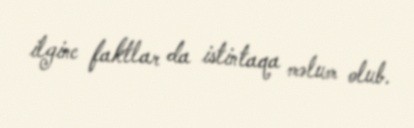
ilginc faktlar da istintaqa məlum olub.